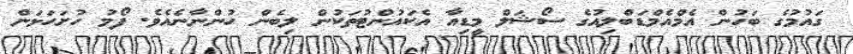
ގައުމުގެ ބަހުން އެމްއެމްޑަބްލިއުގެ ސޯޝަލް މީޑިއާ އެކައުންޓުތަކުން ލިބެން ހުންނާނެއެވެ. ފޯމު ހުށަހަޅަން